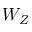
W _ { Z }